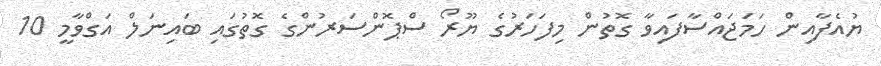
ޔުއެފާއިން ހަމަޖައްސާފައިވާ ގޮތުން މިފަހަރުގެ ޔޫރޯ ސްޕޮންސަރުންގެ ގޮތުގައި ބައިނަލް އަގްވާމީ 10